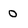
Character: 0